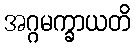
အဂ္ဂမက္ခာယတိ